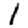
Digit: 1